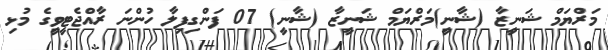
މަރްޔަމް ޝަނީޒާ (ޝާނީ)މަރްޔަމް ޝަނީޒާ (ޝާނީ) 07 ފަންގިފިލާ ހުންނަ ރާއްޖެޓީވީގެ މުޅި